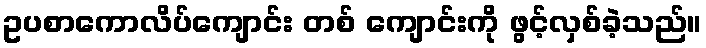
ဥပစာကောလိပ်ကျောင်း တစ် ကျောင်းကို ဖွင့်လှစ်ခဲ့သည်။